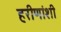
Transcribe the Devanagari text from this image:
हरीणांशी